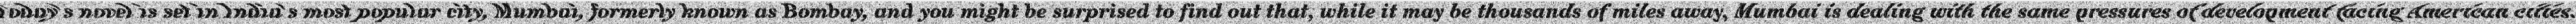
"Today's novel is set in India's most popular city, Mumbai, formerly known as Bombay, and you might be surprised to find out that, while it may be thousands of miles away, Mumbai is dealing with the same pressures of development facing American cities."